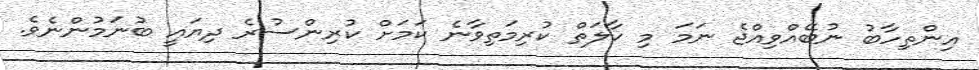
އިންތިހާބު ނުބޭއްވިއްޖެ ނަމަ މި ހާލަތް ކުރިމަތިވާނެ ކަމަށް ކުރިންސުރެ ދިޔައީ ބުނަމުންނެވެ.